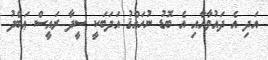
އަދި އެ ދައުވާއާއި އެ ބޮޑު ނުހައްޤު އަދަބަކީ ސީދާ ރައީސް ޢަބްދު